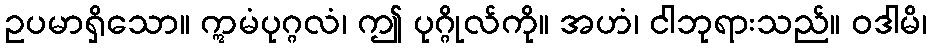
ဥပမာရှိသော။ ဣမံပုဂ္ဂလံ၊ ဤ ပုဂ္ဂိုလ်ကို။ အဟံ၊ ငါဘုရားသည်။ ဝဒါမိ၊